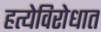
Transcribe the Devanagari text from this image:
हत्येविरोधात